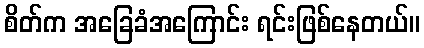
စိတ်က အခြေခံအကြောင်း ရင်းဖြစ်နေတယ်။